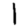
Digit: 1